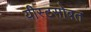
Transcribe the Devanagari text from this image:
यीस्टसोबत